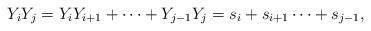
LaTeX: \begin{align*} Y_iY_j=Y_iY_{i+1}+\cdots+Y_{j-1}Y_j=s_i+s_{i+1}\cdots+s_{j-1},\end{align*}